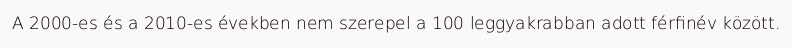
A 2000-es és a 2010-es években nem szerepel a 100 leggyakrabban adott férfinév között.